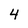
Character: 4